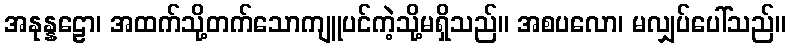
အနုန္နဠော၊ အထက်သို့တက်သောကျူပင်ကဲ့သို့မရှိသည်။ အစပလော၊ မလျှပ်ပေါ်သည်။